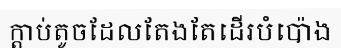
ក្តាប់តូចដែលតែងតែដើរបំប៉ោង